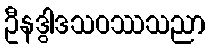
ဦနဒွါဒသဝဿသညာ